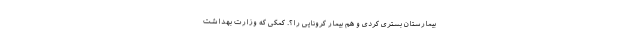
بیمارستان بستری کردی و هم بیمار کرونایی را؟. کمکی که وزارت بهداشت